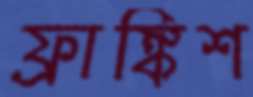
ফ্রাঙ্কিশ